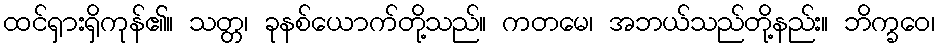
ထင်ရှားရှိကုန်၏။ သတ္တ၊ ခုနစ်ယောက်တို့သည်။ ကတမေ၊ အဘယ်သည်တို့နည်း။ ဘိက္ခဝေ၊